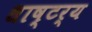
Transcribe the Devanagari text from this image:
धाष्टर्य